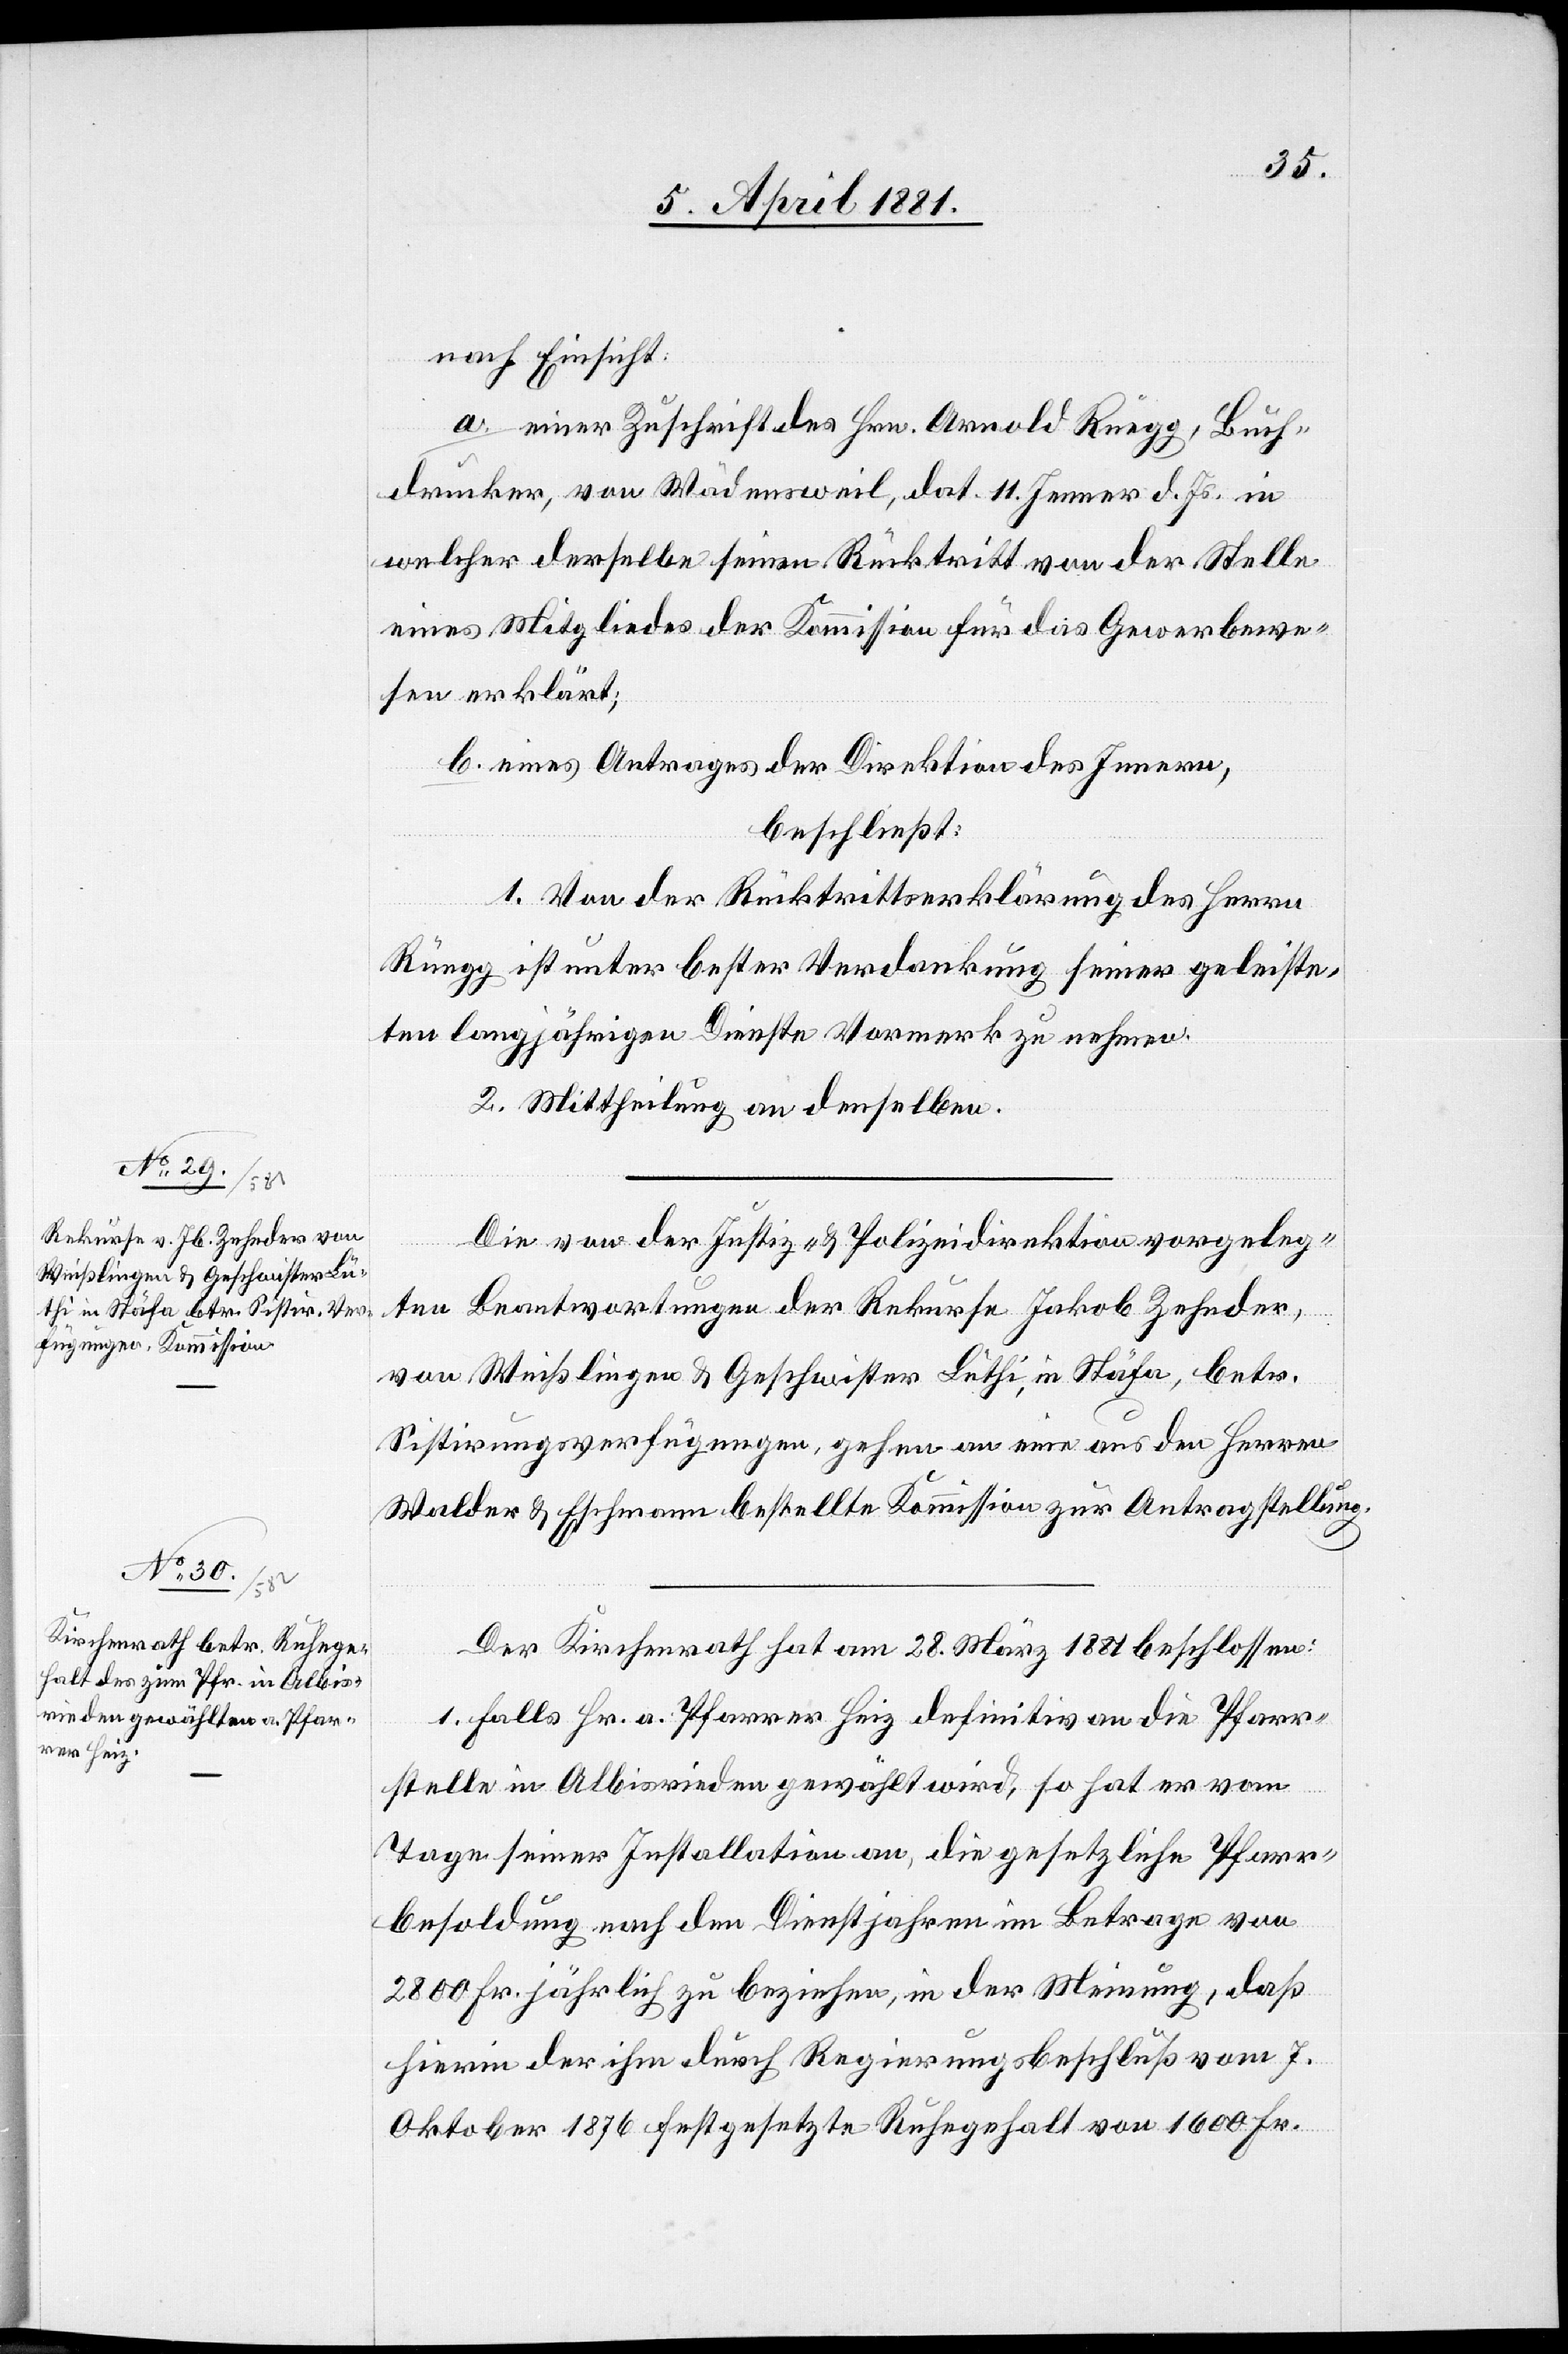
nach Einsicht:
a. einer Zuschrift des Hrn. Arnold Rüegg, Buch¬
drucker, von Wädensweil, dat. 11. Jenner d. Js. in
welcher derselbe seinen Rücktritt von der Stelle
eines Mitgliedes der Kommission für das Gewerbewe¬
sen erklärt;
b. eines Antrages der Direktion des Innern,
beschließt:
1. Von der Rücktrittserklärung des Herrn
Rüegg ist unter bester Verdankung seiner geleiste¬
ten langjährigen Dienste Vormerk zu nehmen.
2. Mittheilung an denselben.
Die von der Justiz- & Polizeidirektion vorgeleg¬
ten Beantwortungen der Rekurse Jakob Zehnder,
von Weißlingen & Geschwister Lüthi, in Stäfa, betr.
Sistirungsverfügungen, gehen an eine aus den Herren
Walder & Eschmann bestellte Kommission zur Antragstellung.
Der Kirchenrath hat am 28. März 1881 beschlossen:
1. Falls Hr. a. Pfarrer Heiz definitiv an die Pfarr¬
stelle in Albisrieden gewählt wird, so hat er vom
Tage seiner Installation an, die gesetzliche Pfarr¬
besoldung nach den Dienstjahren im Betrage von
2800 Fr. jährlich zu beziehen, in der Meinung, daß
hierin der ihm durch Regierungsbeschluß vom 7.
Oktober 1876 festgesetzte Ruhegehalt von 1600 Fr.